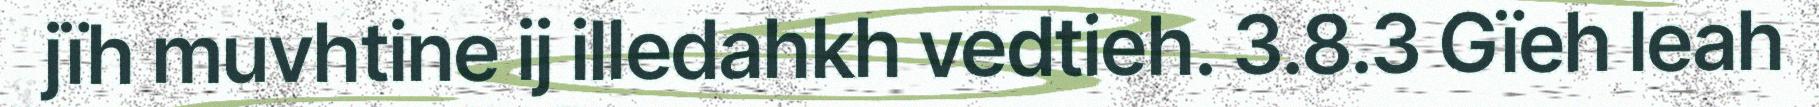
jïh muvhtine ij illedahkh vedtieh. 3.8.3 Gïeh leah